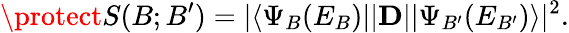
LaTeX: {\protect S}(B;B^{\prime})=|\langle\Psi_{B}(E_{B})||\mathbf{D}||\Psi_{B^{\prime}}(E_{B^{\prime}})\rangle|^{2}.